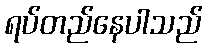
ရပ်တည်နေပါသည်